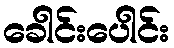
ခေါင်းပေါင်း